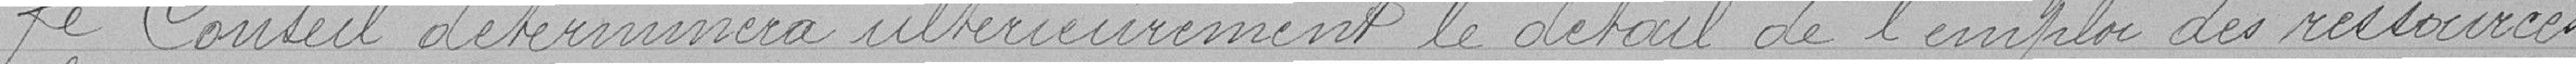
Le Conseil déterminera ultérieurement le détail de l'emploi des ressources